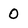
Character: 0